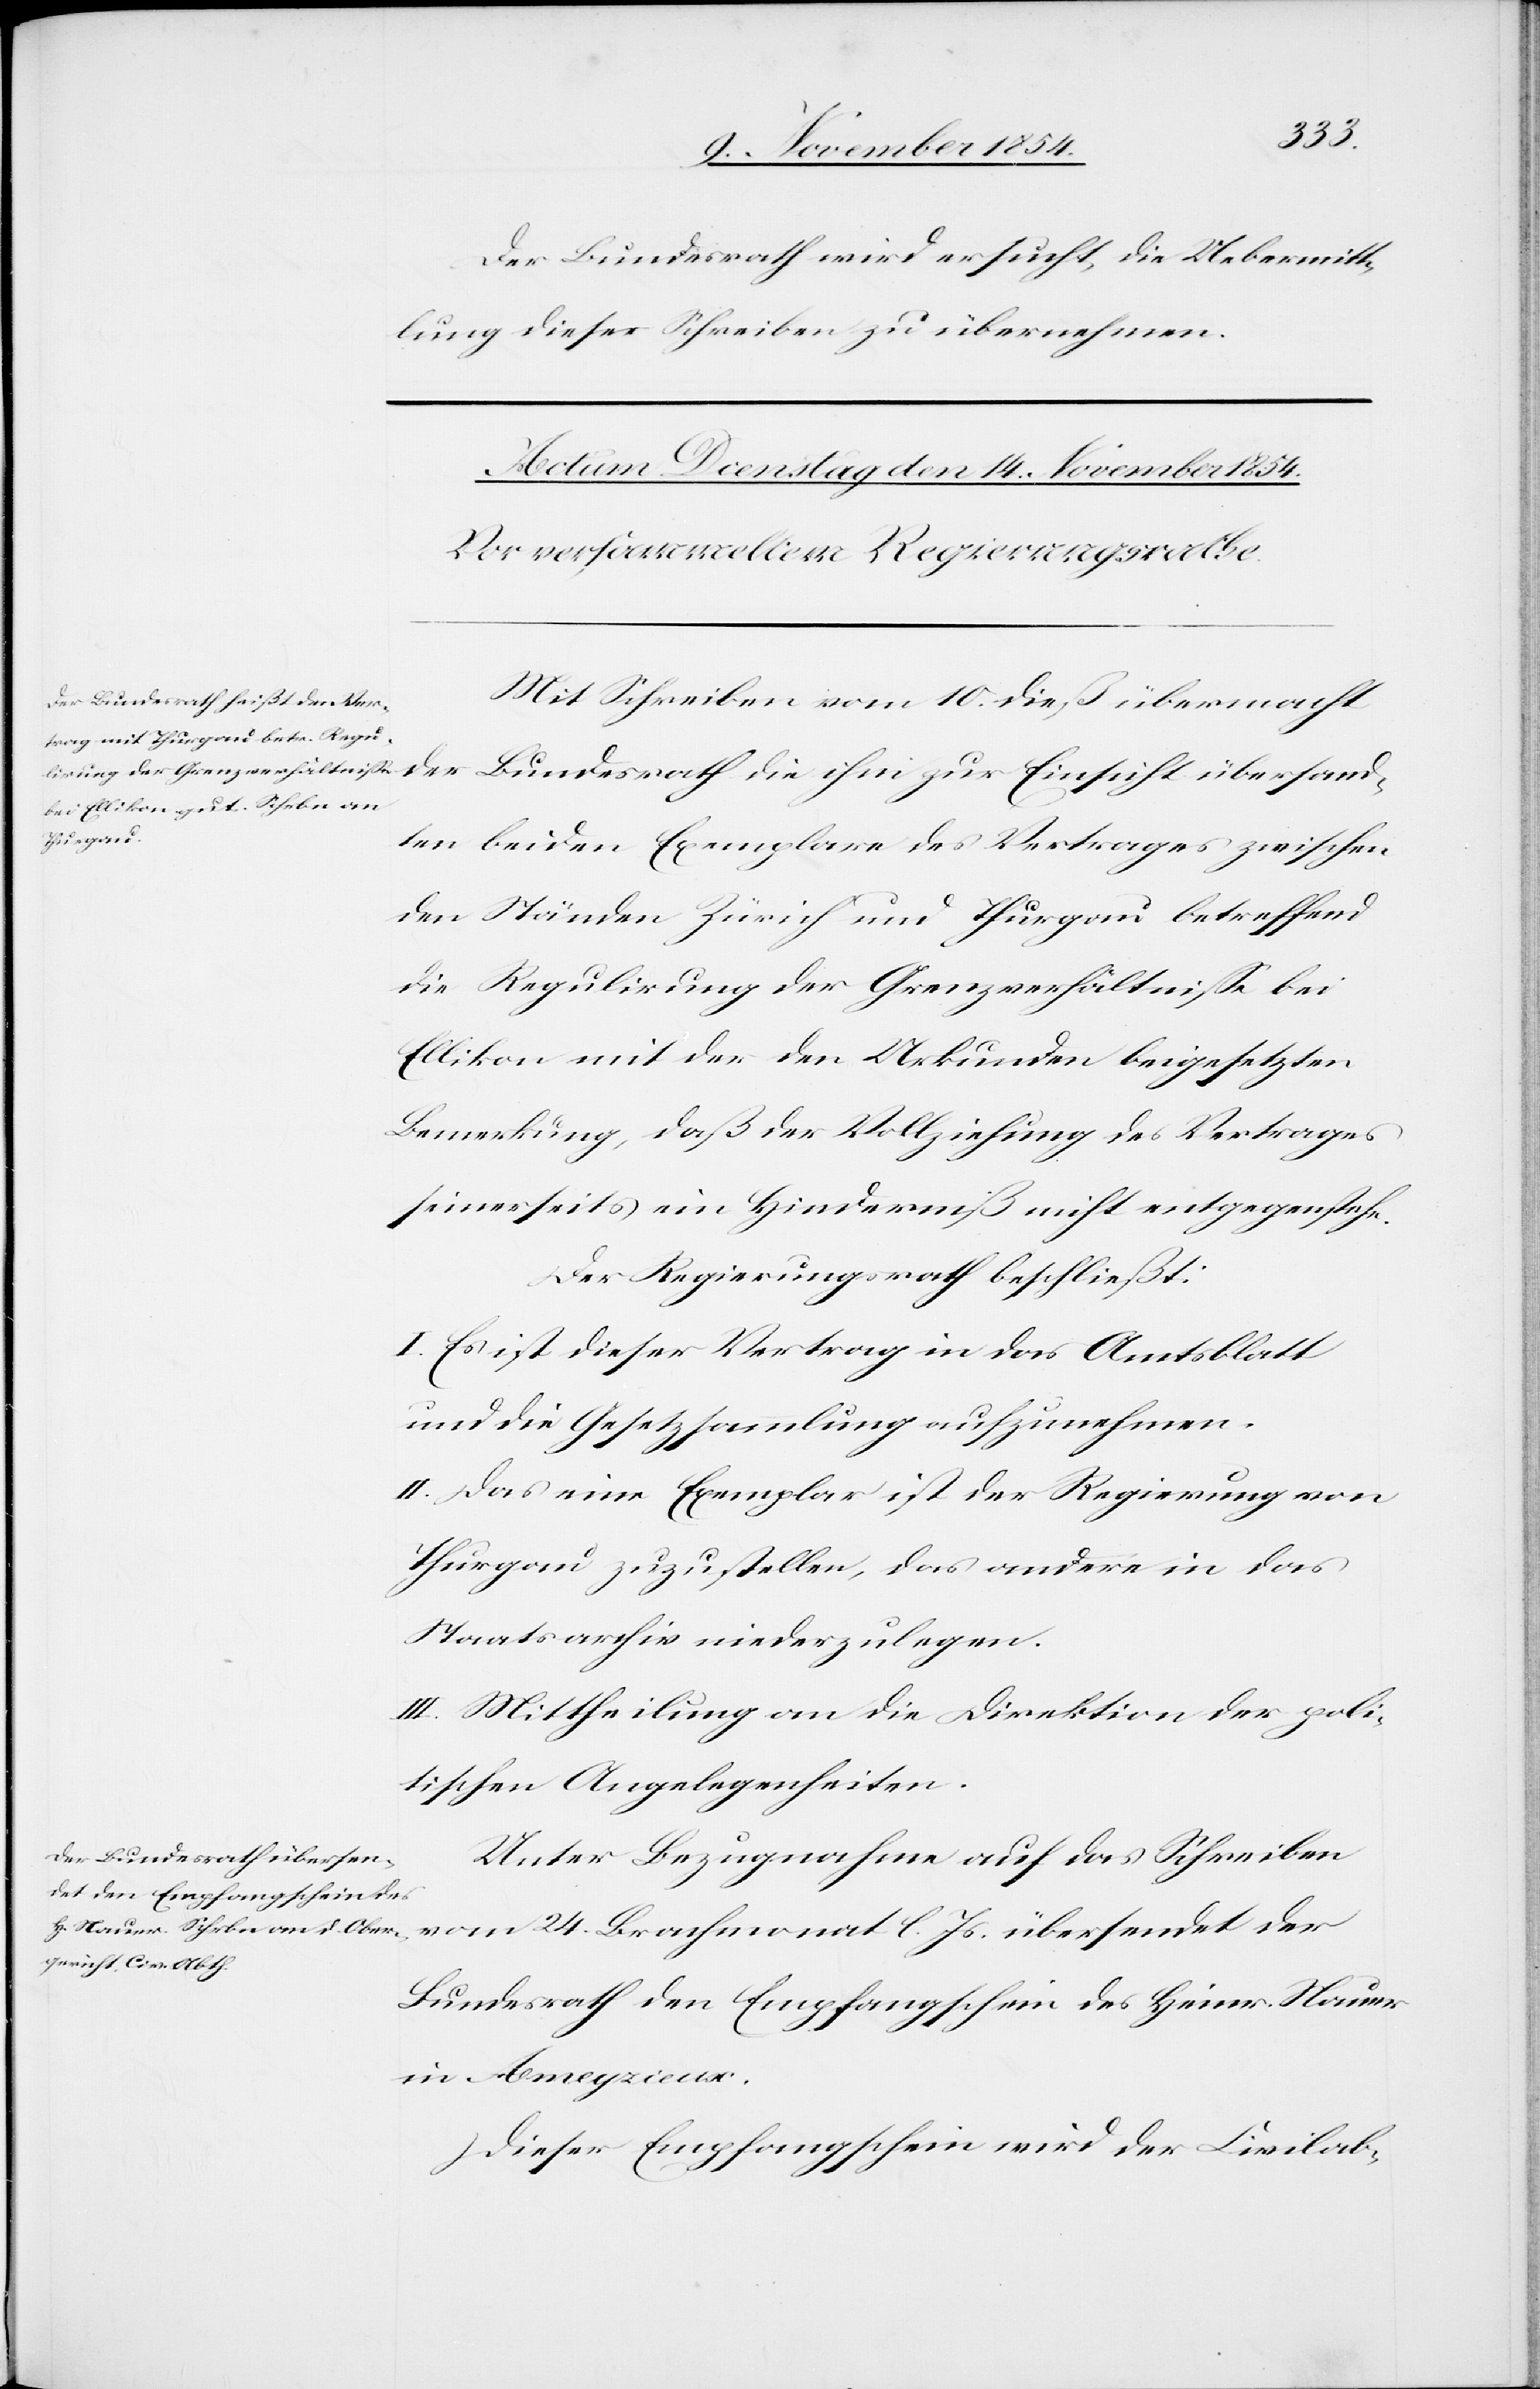
Der Bundesrath wird ersucht, die Uebermitt¬
lung dieses Schreibens zu übernehmen.
Mit Schreiben vom 10. dieß übermacht
der Bundesrath die ihm zur Einsicht übersand¬
ten beiden Exemplare des Vertrages zwischen
den Ständen Zürich und Thurgau betreffend
die Regulirung der Grenzverhältniße bei
Ellikon mit der den Urkunden beigesetzten
Bemerkung, daß der Vollziehung des Vertrages
seinerseits ein Hinderniß nicht entgegenstehe.
Der Regierungsrath beschließt:
I. Es ist dieser Vertrag in das Amtsblatt
und die Gesetzsammlung aufzunehmen.
II. Das eine Exemplar ist der Regierung von
Thurgau zuzustellen, das andere in das
Staatsarchiv niederzulegen.
III. Mittheilung an die Direktion der poli¬
tischen Angelegenheiten.
Unter Bezugnahme auf das Schreiben
vom 24. Brachmonat l. Js. übersendet der
Bundesrath den Empfangschein des Heinr. Nauer
Dieser Empfangschein wird der Civilab-